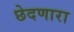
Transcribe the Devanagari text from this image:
छेदणारा